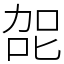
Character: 㖙